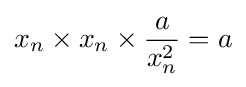
x_{n}\times x_{n}\times {\frac {a}{x_{n}^{2}}}=a